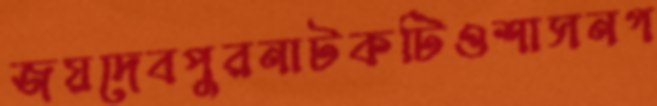
জয়দেবপুরনাটকটিওশাসনগ